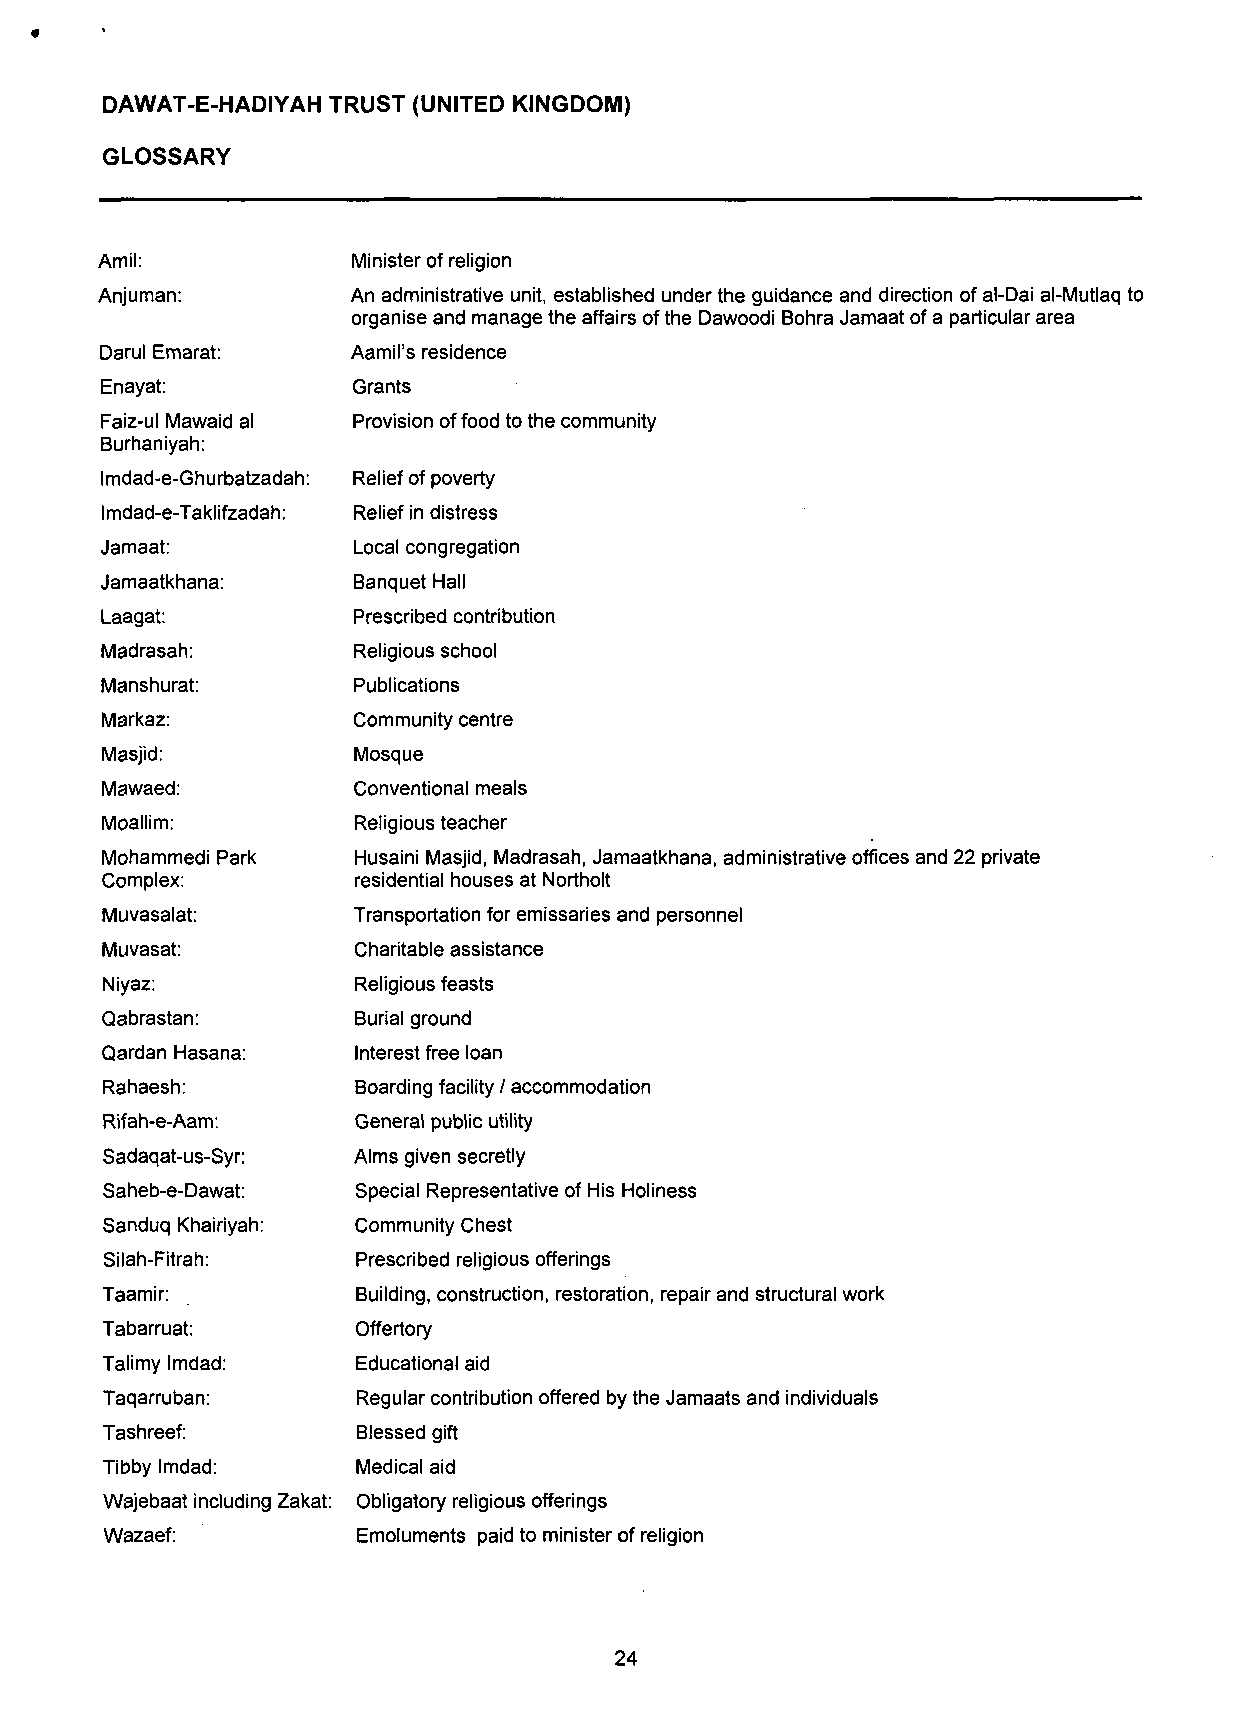
DAWAT-E-HADIYAH TRUST (UNITED KINGDOM)
 GLOSSARY
 Amil:            Minister of religion
 Anjuman:         An administrative unit, established under the guidance and direction of al-Dai al-Mutlaq to
 organise and manage the affairs of the Dawoodi Bohra Jamaat of a particular area
 Darul Emarat:   Aamil's residence
 Enayat:         Grants
 Faiz-ul Mawaid al Provision of food to the community
 Burhaniyah:
 Imdad-e-Ghurbatzadah: Relief of poverty
 Imdad-e-Taklifzadah: Relief in distress
 Jamaat:         Local congregation
 Jamaatkhana:    Banquet Hall
 Laagat:         Prescribed contribution
 Madrasah:       Religious school
 Manshurat:      Publications
 Markaz:         Community centre
 Masjid:         Mosque
 Mawaed:         Conventional meals
 Moallim:        Religious teacher
 Mohammedi Park  Husaini Masjid, Madrasah, Jamaatkhana, administrative offices and 22 private
 Complex:        residential houses at Northolt
 Muvasalat:      Transportation for emissaries and personnel
 Muvasat:        Charitable assistance
 Niyaz:           Religious feasts
 Qabrastan:       Burial ground
 Qardan Hasana:   Interest free loan
 Rahaesh:        Boarding facility / accommodation
 Rifah-e-Aam:     General public utility
 Sadaqat-us-Syr: Alms given secretly
 Saheb-e-Dawat:   Special Representative of His Holiness
 Sanduq Khairiyah: Community Chest
 Silah-Fitrah:    Prescribed religious offerings
 Taamir:          Building, construction, restoration, repair and structural work
 Tabarruat:       Offertory
 Talimy Imdad:    Educational aid
 Taqarruban:      Regular contribution offered by the Jamaats and individuals
 Tashreef:        Blessed gift
 Tibby Imdad:     Medical aid
 Wajebaat including Zakat: Obligatory religious offerings
 Wazaef:          Emoluments paid to minister of religion
 24